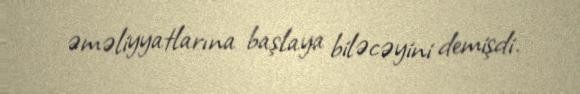
əməliyyatlarına başlaya biləcəyini demişdi.